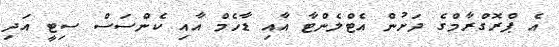
އެ ޕްރޮގްރާމްގެ ދަށުން އެޓްލެންޓާ އާއި ޑާހެމް އާއި ކެންސަސް ސިޓީ އަދި